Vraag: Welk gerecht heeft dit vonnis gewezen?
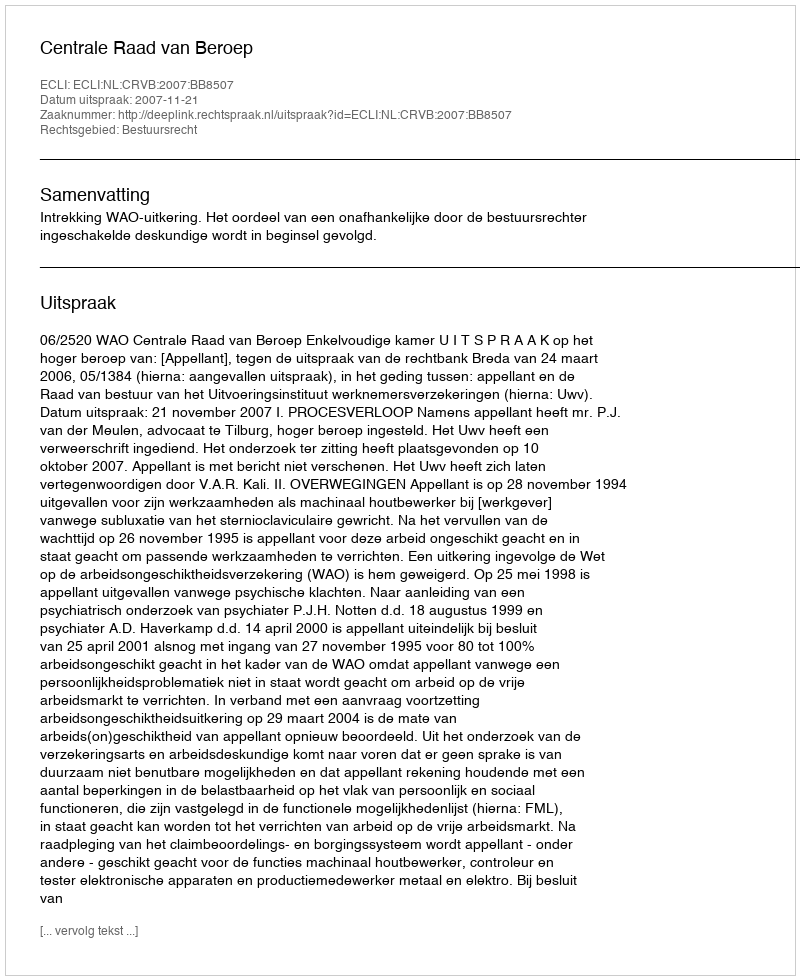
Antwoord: Centrale Raad van Beroep